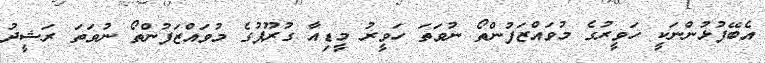
އެބޭފުޅުންނަކީ ހަވީރުގެ މުވައްޒަފުންތޯ ނުވަތަ ހަވީރު މީޑިއާ ގުރޫޕުގެ މުވައްޒަފުންތޯ ނުވަތަ ރަޝީދު